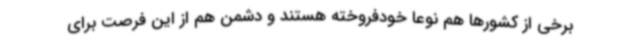
برخی از کشورها هم نوعاً خودفروخته هستند و دشمن هم از این فرصت برای